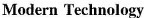
Modern Technology